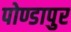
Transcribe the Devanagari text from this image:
पोण्डापुर